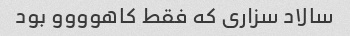
سالاد سزاری که فقط کاهوووو بود